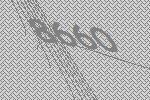
8660